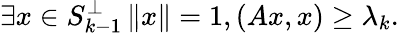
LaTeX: \exists x\in S_{k-1}^{\perp}\, \| x\| =1,(Ax,x)\geq\lambda_{k}.